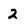
Character: 2